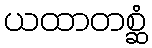
ယထာတစ္ဆံ